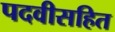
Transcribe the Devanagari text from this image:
पदवीसहित